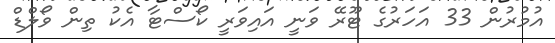
އުމުރުން 33 އަހަރުގެ ޓޫރޭ ވަނީ އައިވަރީ ކޯސްޓާ އެކު ތިން ވޯލްޑް